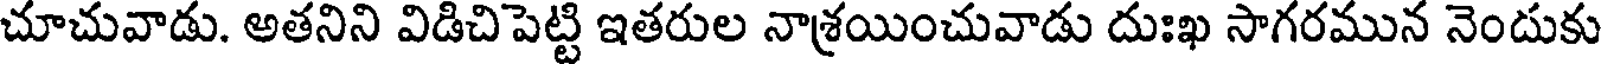
చూచువాడు. అతనిని విడిచిపెట్టి ఇతరుల నాశ్రయించువాడు దుఃఖ సాగరమున నెందుకు